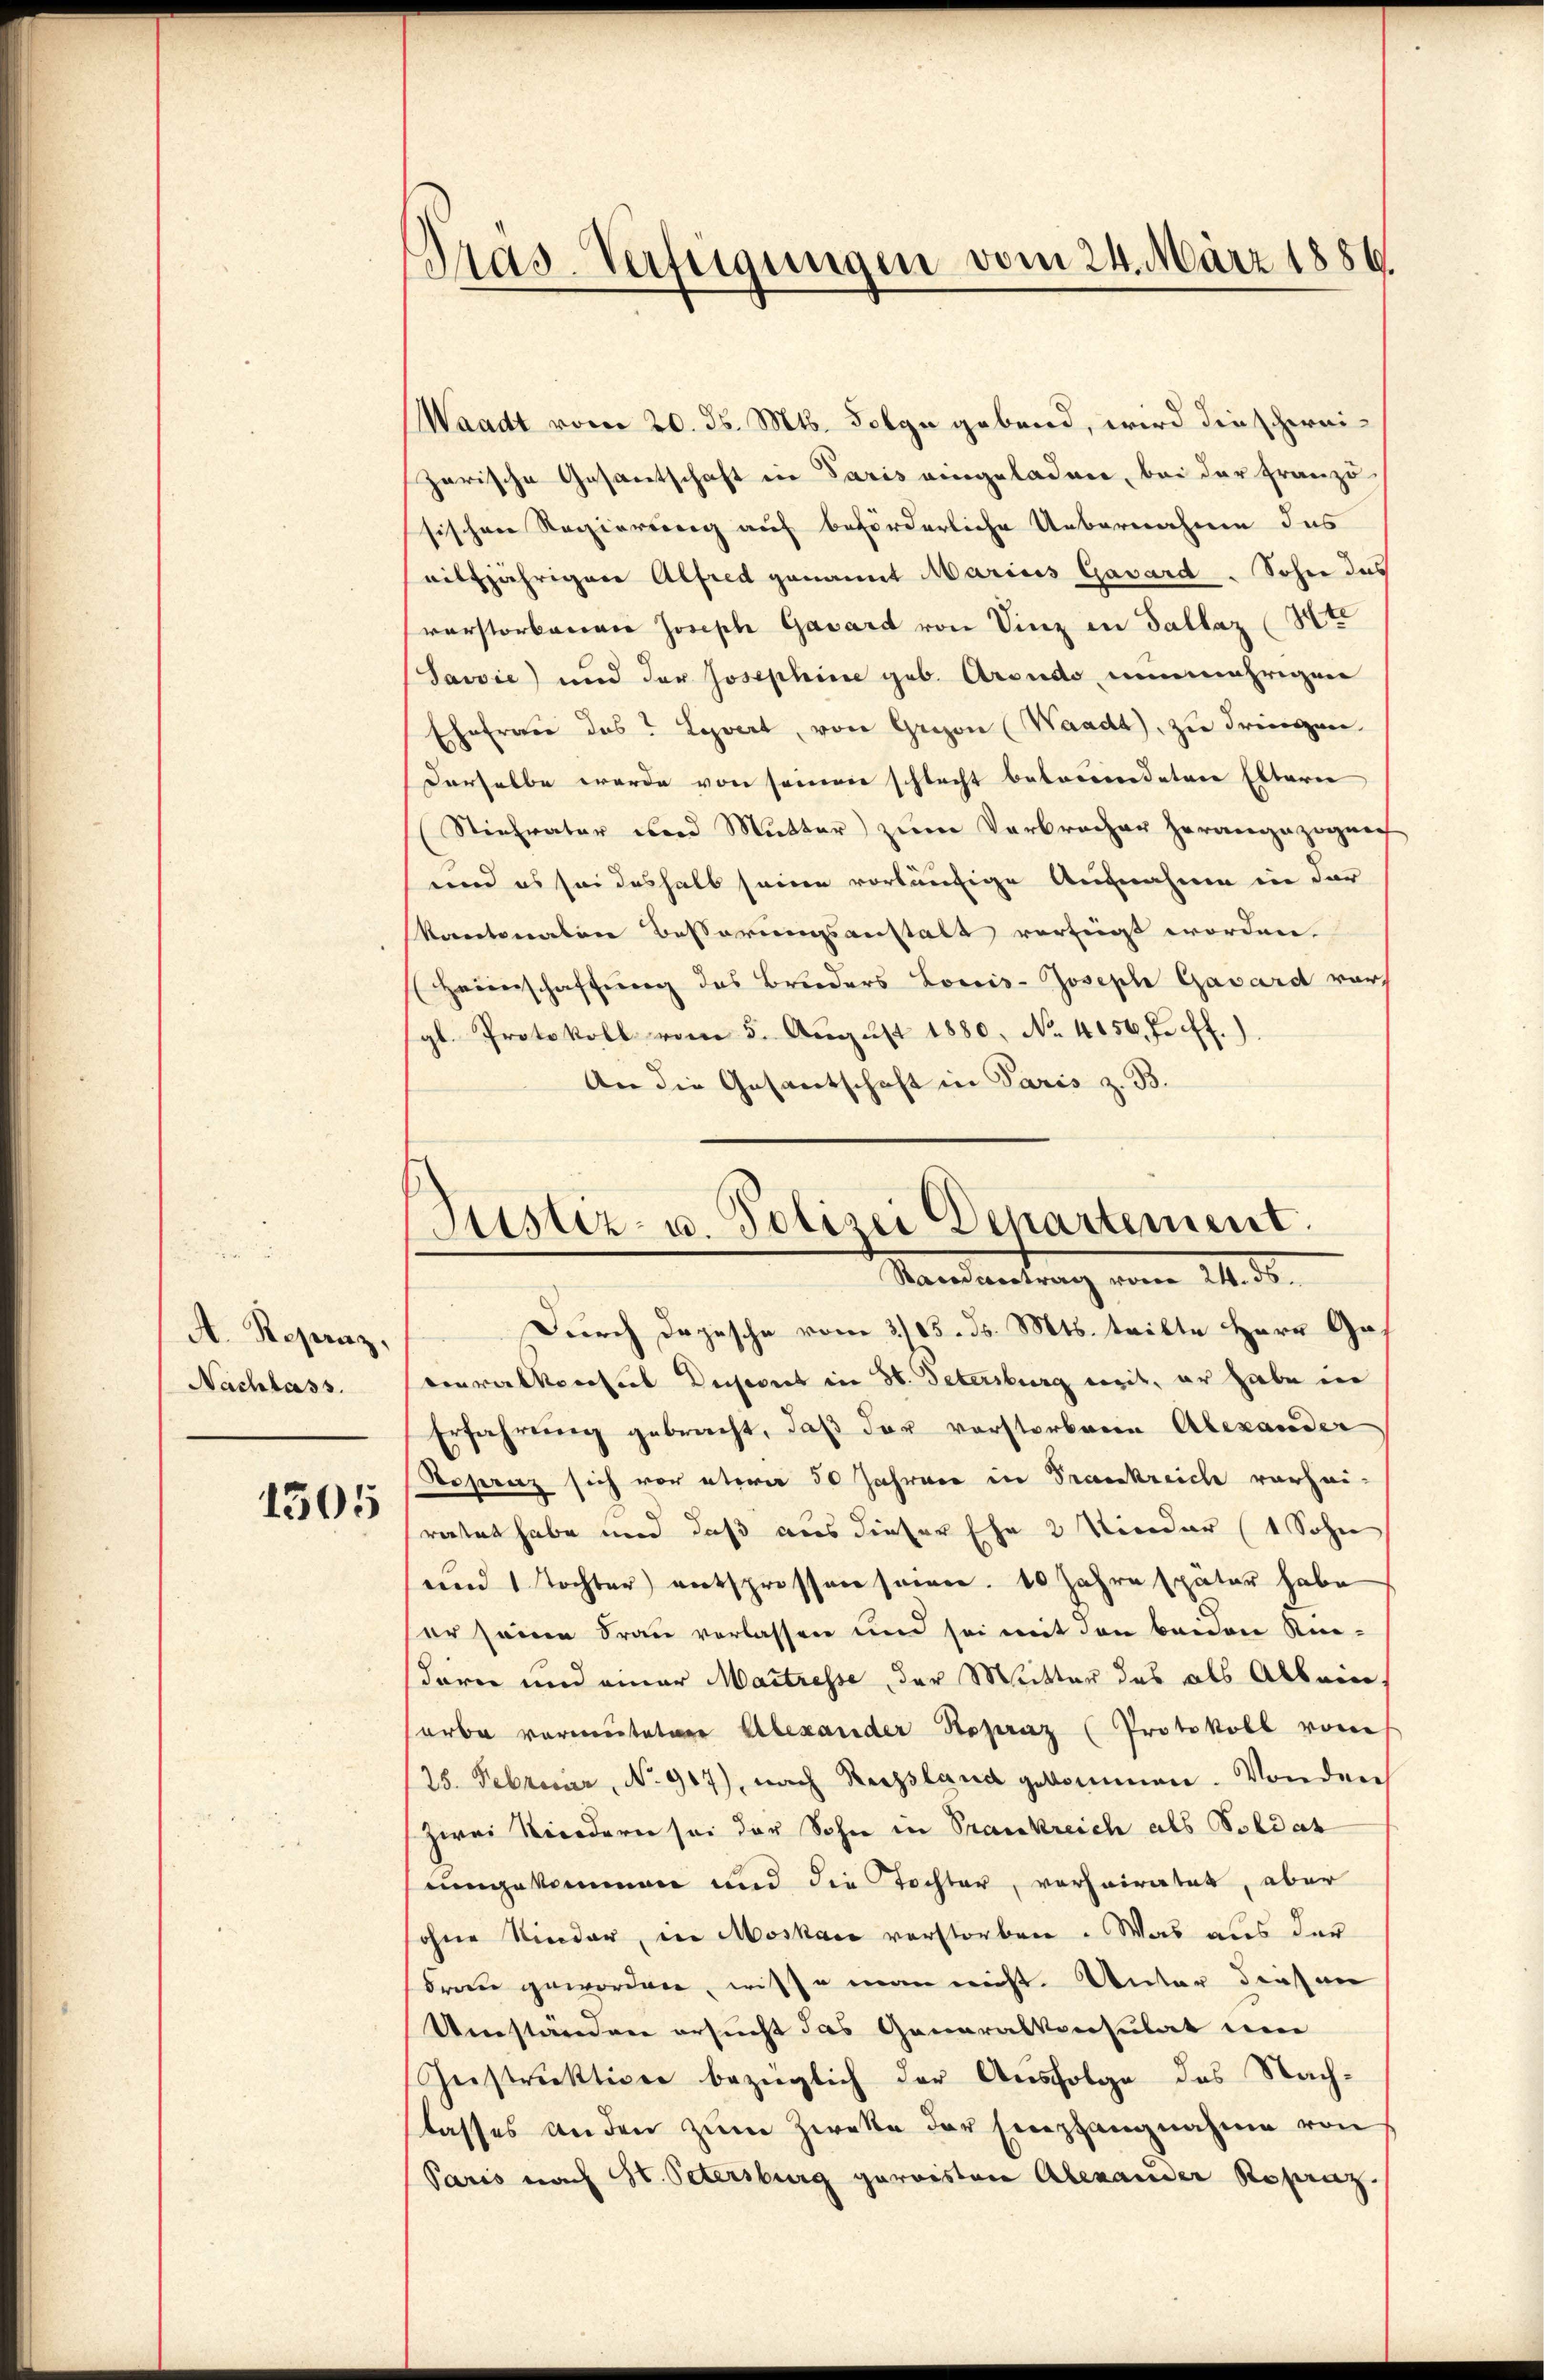
A. Reparaz,
Nachlass.

1505

Pras-Verfügungen vom 24. März 1886

ustiz- u. Polizei Departement.
Standentrag vom 14. d.

Waadt vom 20. ds. Mts. Folge gebend, wird dieschereizarische Gesantschaft in Paris eingeladen, bei der Franzö-
sischen Regierung auf beförderliche Uebernahme des
nilfjährigen Alfred genannt Marias Gasard. Sohn das
vorstorbarian Joseph Gasard von Vinz in Sallaz Ite
Savvie) und der Josephine geb. Arsudo nunmährigen
Ehefrau des Levert, von Grazon (Waadt, zu dringen
derselbe werde von seinen schlecht betonendeten Eltern
Stiefvater und Mutter zum Verbrecher herangezognech
und es sei deshalb seine vorläufige Aufnahme in der
kantonalen Besserungsanstalt verfügt worden.
Heimschaftung des Bruders Louis-Joseph Gavard vor,
gl. Protokoll vom 5. August 1880, No 4056. Fr. ff.).
An die Gesantschaft in Paris z. B.
Durch Depesche vom 3/25. ds. Mts. teilte Herr Gecouralkonseil Duport in St. Petersburg weit, er habe in
Erfahrung gebracht, daß der vorstorbenen Alexander
Sofernz sich vor etwa 50 Jahren in Trankreich vorhei-
ratet habe und daß aus dieser Ehe 2 Kinder (1 Sohn
und 1 Tochter entspressen seinen. 10 Jahre später habe
er seine Frau verlassen und sei mit den beiden Riedern und einer Maitresse, der Mitter des als Albein
sarbe vermuteter Alexander Kopraz (Protokoll vom
25. Febricier, No. 917), nach Russland gekommen. Von der
zwei Kindern sei der Sohn in Trankreich als Soldat
uingekommen und die Tochter, vorheiratet, aber
ohne Kinder, in Moskau verstorben. Was aus der
Frau geworden, wisse man nicht. Unter diesen
Umständen ersucht das Generalkonsulat wie
Ieestrektiven bezüglich der Ausfolge des Nachlasses anden zum Zwecke der Empfangnahme von
Paris nach St. Petersburg gereisten Alexander Rosenz